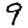
Digit: 9